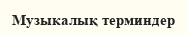
Музыкалық терминдер